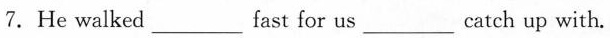
7.He walked ___ fast for us ___ catch up with.